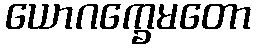
ယောဂက္ခေမတော